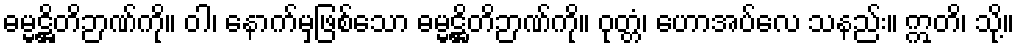
ဓမ္မဋ္ဌိတိဉာဏ်ကို။ ဝါ၊ နောက်မှဖြစ်သော ဓမ္မဋ္ဌိတိဉာဏ်ကို။ ဝုတ္တံ၊ ဟောအပ်လေ သနည်း။ ဣတိ၊ သို့။